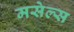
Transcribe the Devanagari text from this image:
मसेल्स